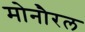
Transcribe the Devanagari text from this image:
मोनौरल